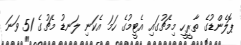
ޕޮލެންޑުގެ ތާރީހީ މިމެޗުގައި އެޓީމުގެ ހަމަ އެކަނި ލަނޑު މެޗުގެ 51 ވަނަ